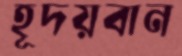
হূদয়বান